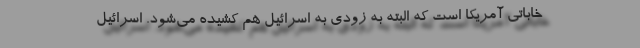
خاباتی آمریکا است که البته به زودی به اسرائیل هم کشیده می‌شود. اسرائیل